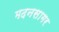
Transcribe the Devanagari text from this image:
मदनसागर